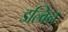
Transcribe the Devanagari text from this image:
डल्विन